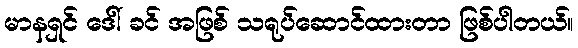
မာနရှင် ဒေါ် ခင် အဖြစ် သရုပ်ဆောင်ထားတာ ဖြစ်ပါတယ်။